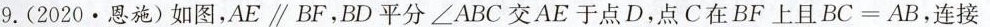
9.(2020·恩施)如图，AE ∥ BF，BD平分\angle ABC交AE于点D，点C在BF上且BC=AB，连接